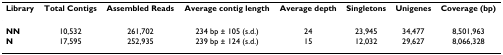
<table><thead><tr><td><b>Library</b></td><td><b>Total Contigs</b></td><td><b>Assembled Reads</b></td><td><b>Average contig length</b></td><td><b>Average depth</b></td><td><b>Singletons</b></td><td><b>Unigenes</b></td><td><b>Coverage (bp)</b></td></tr></thead><tbody><tr><td><b>NN</b></td><td>10,532</td><td>261,702</td><td>234 bp ± 105 (s.d.)</td><td>24</td><td>23,945</td><td>34,477</td><td>8,501,963</td></tr><tr><td><b>N</b></td><td>17,595</td><td>252,935</td><td>239 bp ± 124 (s.d.)</td><td>15</td><td>12,032</td><td>29,627</td><td>8,066,328</td></tr></tbody></table>